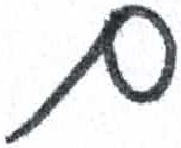
אות: ם